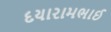
દયારામભાઈ